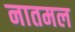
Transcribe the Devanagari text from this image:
नातमल